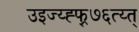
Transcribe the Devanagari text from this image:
उइज्य्ह्फ्र्७६त्य्त्